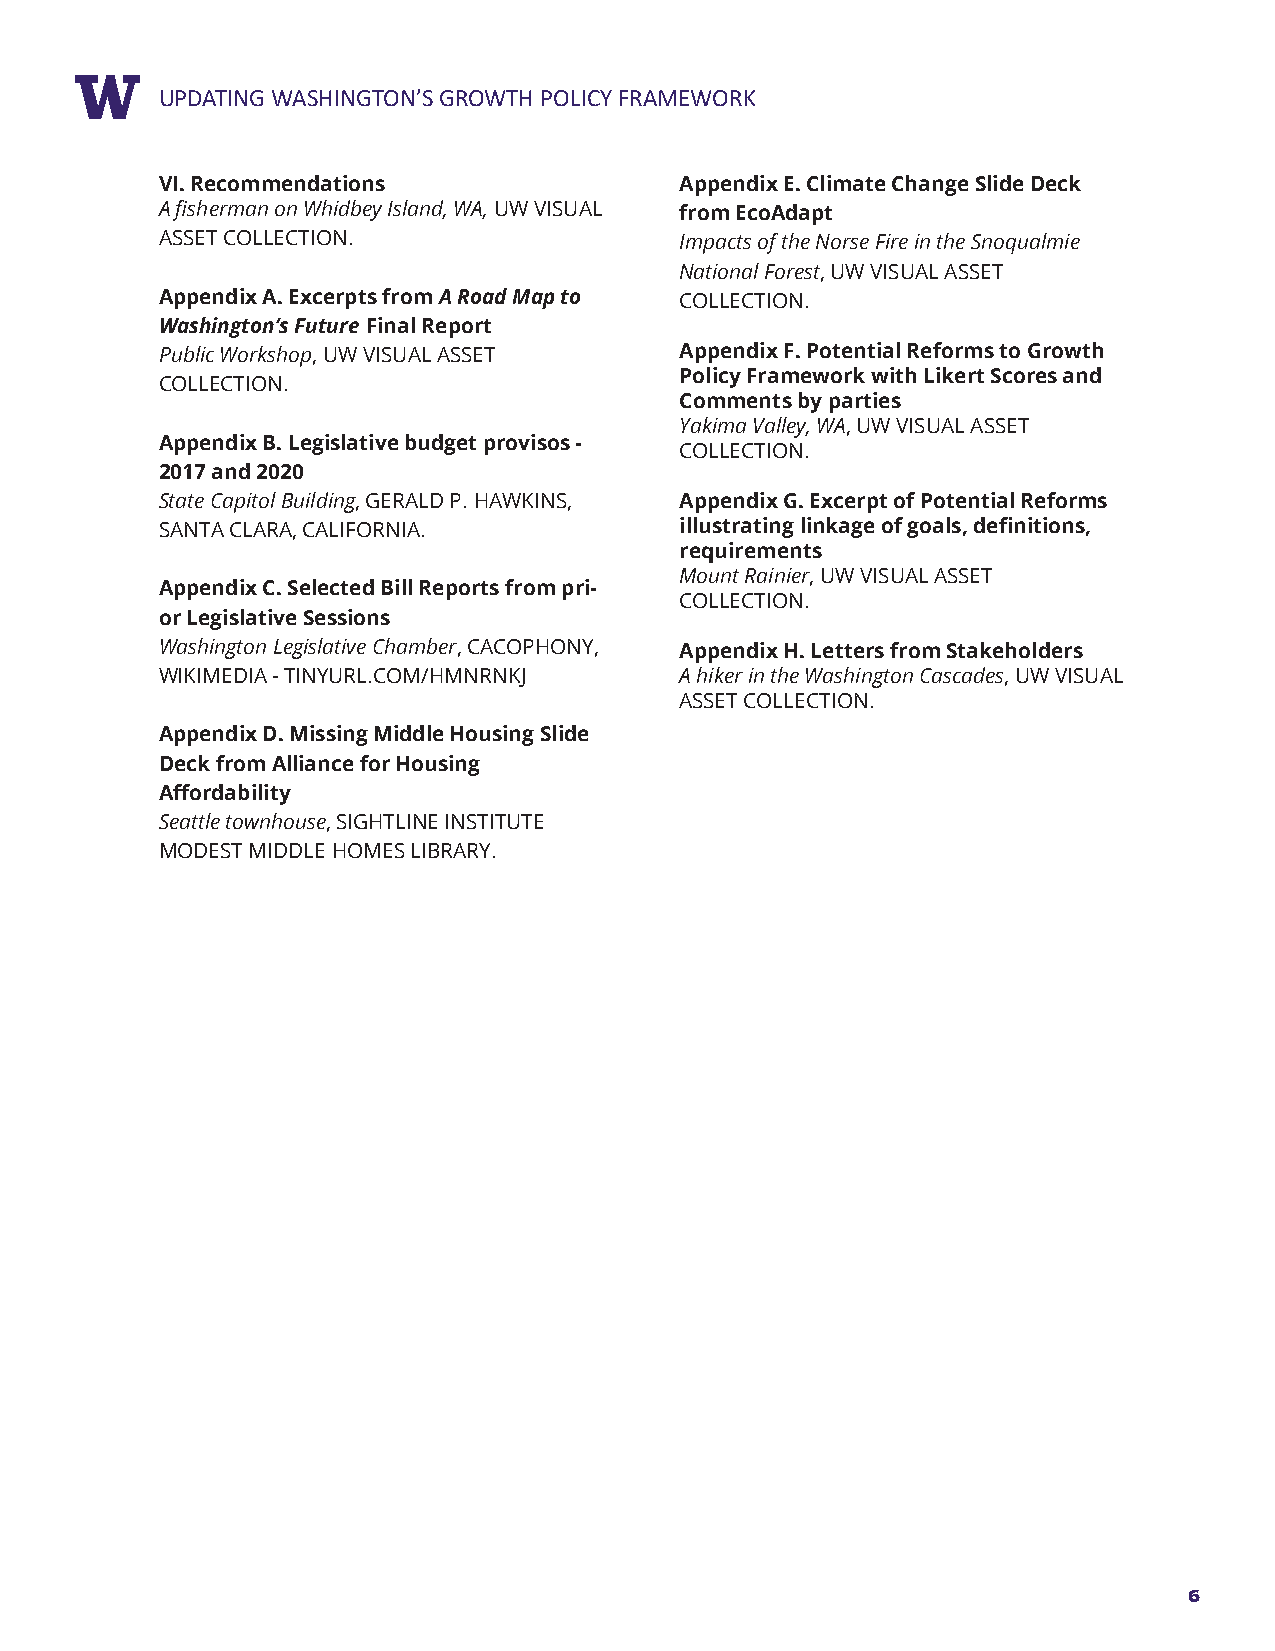
RUEPPDOARTTIN TGIT WLEASHINGTON’S GROWTH POLICY FRAMEWORK
 VI. Recommendations               Appendix E. Climate Change Slide Deck
 A fisherman on Whidbey Island, WA, UW VISUAL from EcoAdapt
 ASSET COLLECTION.                 Impacts of the Norse Fire in the Snoqualmie
 National Forest, UW VISUAL ASSET
 Appendix A. Excerpts from A Road Map to COLLECTION.
 Washington’s Future Final Report
 Public Workshop, UW VISUAL ASSET  Appendix F. Potential Reforms to Growth
 Policy Framework with Likert Scores and
 COLLECTION.
 Comments by parties
 Yakima Valley, WA, UW VISUAL ASSET
 Appendix B. Legislative budget provisos -
 COLLECTION.
 2017 and 2020
 State Capitol Building, GERALD P. HAWKINS, Appendix G. Excerpt of Potential Reforms
 SANTA CLARA, CALIFORNIA.          illustrating linkage of goals, definitions,
 requirements
 Mount Rainier, UW VISUAL ASSET
 Appendix C. Selected Bill Reports from pri-
 COLLECTION.
 or Legislative Sessions
 Washington Legislative Chamber, CACOPHONY, Appendix H. Letters from Stakeholders
 WIKIMEDIA - TINYURL.COM/HMNRNKJ   A hiker in the Washington Cascades, UW VISUAL
 ASSET COLLECTION.
 Appendix D. Missing Middle Housing Slide
 Deck from Alliance for Housing
 Affordability
 Seattle townhouse, SIGHTLINE INSTITUTE
 MODEST MIDDLE HOMES LIBRARY.
 6